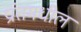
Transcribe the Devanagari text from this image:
प्रांतमधील